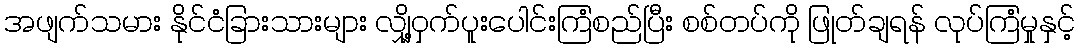
အဖျက်သမား နိုင်ငံခြားသားများ လျှို့ဝှက်ပူးပေါင်းကြံစည်ပြီး စစ်တပ်ကို ဖြုတ်ချရန် လုပ်ကြံမှုနှင့်